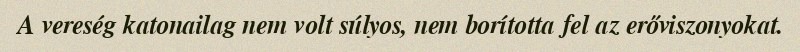
A vereség katonailag nem volt súlyos, nem borította fel az erőviszonyokat.